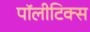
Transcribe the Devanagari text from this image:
पॉलीटिक्स